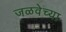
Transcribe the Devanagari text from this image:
जळवेच्या